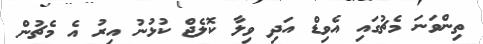
ތިންވަނަ މެޗުގައި އެވިޑް އަދި ވިލާ ކޮލެޖް ކުޅުނު އިރު އެ މެޗުން